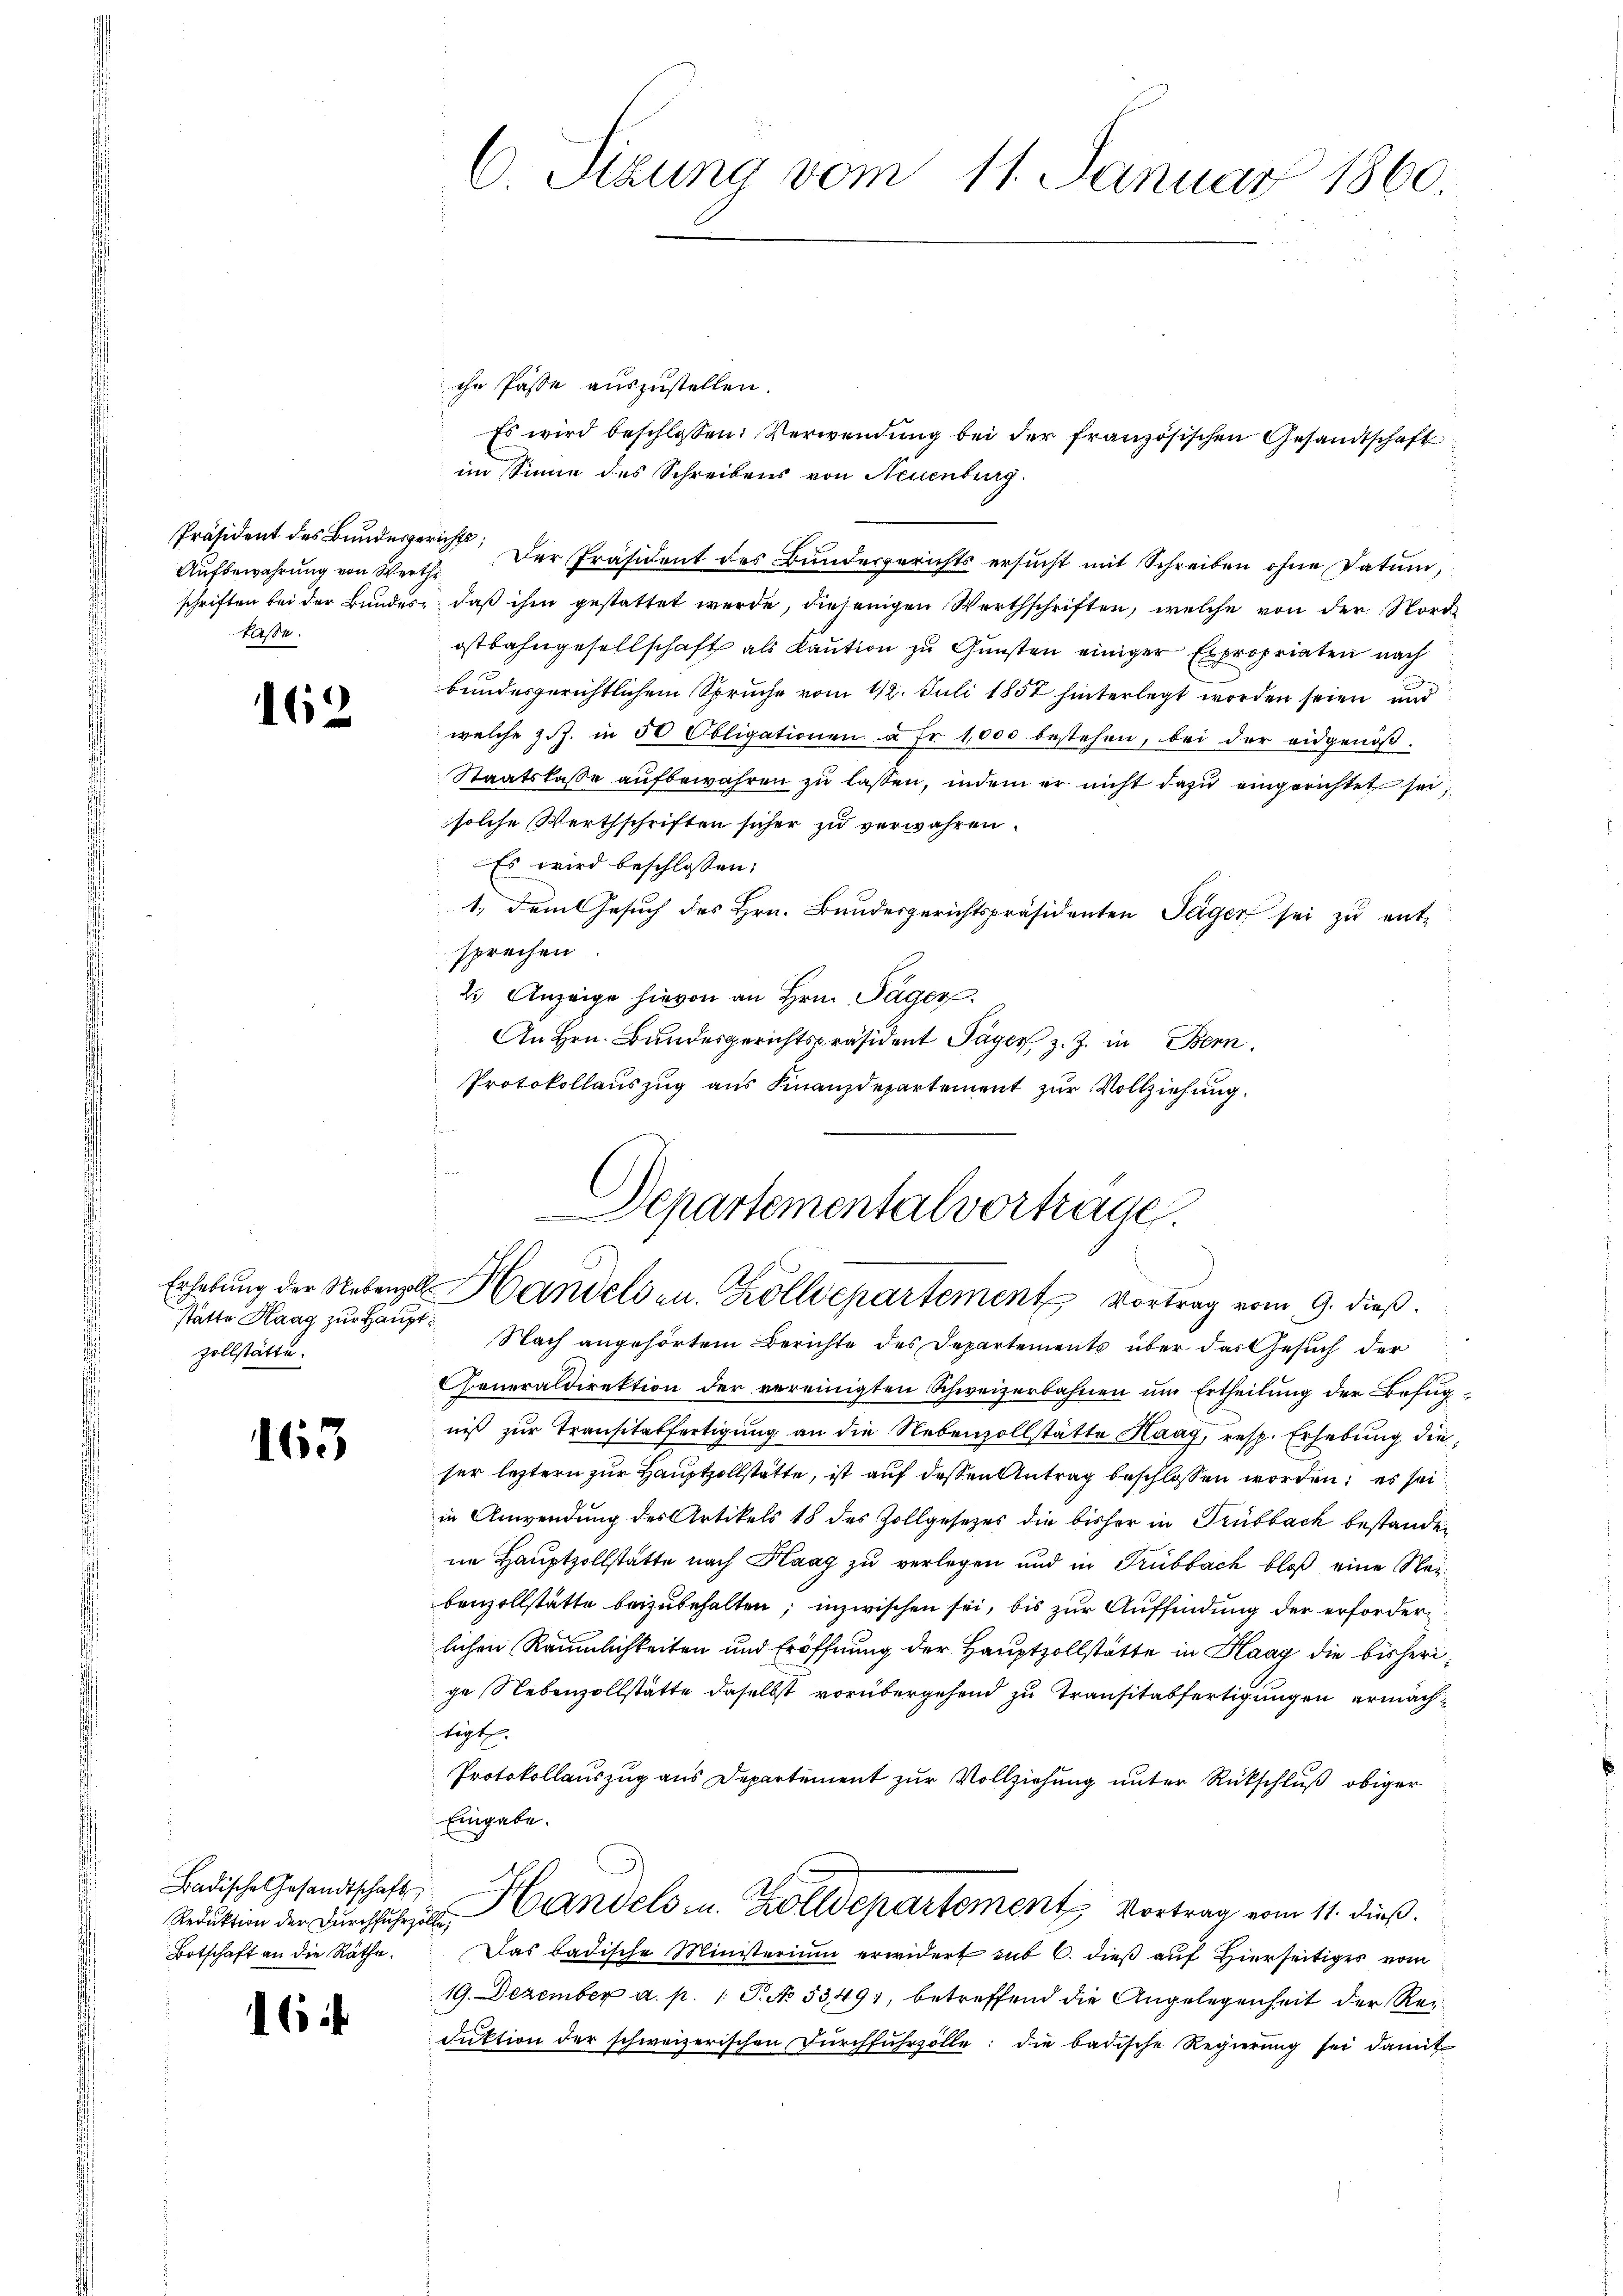
Aufbewahrung von Werthe
taße.

162

stätte Haag zur Hauptzollstätte.

165

Badische Gesandtschaft
Botschaft an die Räthe.

16

6 Sizung vom 11. Januar 1860.

chr Pässe auszustellen.
Es wird beschlossen: Verwendung bei der französischen Gesandtschaft
im Sinne des Schreibens von Neuenburg.
Präsident des Bŭndesgericht. Der Präsident des Bŭndesgerichts ersŭcht mit Schreiben ohne Datum,
schriften bei der Bŭndes, daβ ihm gestattet werde, diejenigen Werthschriften, welche von der Nordostbahngesellschaft als Kaution zu Gunsten einiger Expropriaten nach
bundesgerichtlichem Spruche vom 12. Juli 1857 hinterlegt worden seien und
welche 2 J. in 50 Obligationen à Fr. 1,000 bestehen, bei der eidgenöß-
Staatskasse aufbewahren zu lassen, indem er nicht dazu eingerichtet sei,
solche Werthschriften sicher zu verwahren.
Es wird beschlossen:
1. dem Gesuch des Hrn. Bundesgerichtspräsidenten Tagen sei zu ent-
sprechen.
2. Anzeige hievon an Hrn. Täger
An Hrn. Bundesgerichtspräsident Täger z. Z. in Bern.
Protokollaŭszŭg aŭs Finanzdepartement zŭr Vollziehŭng.
¬

Departementalvortragen.
Erhebung der Nebenzell Handelsen. Zolldepartement Vortrag vom 9. dieß.

Nach angehörtem Berichte des Departements über das Gesuch der
Generaldirektion der vereinigten Schweizerbahnen um Ertheilung der Befugniß zur Transtatfertigung an die Nebenzollstätte Haag, resp. Erhebung die
ser leztern zur Hauptzollstätte, ist auf dessen Antrag beschlossen worden; es sei
in Anwendung des Artikels 18 des Zollgesetzes die bisher in Trubbach bestanden
ne Hauptzollstätte nach Haag zu verlegen und in Trübbach bloß eine Neibenzollstätte beizubehalten; inzwischen sei, bis zur Auffindung der erfordern
lichen Räumlichkeiten und Eröffnung der Hauptzollstätte in Haag die bisherige Nebenzollstätte daselbst vorübergehend zu Transitabfertigungen ermächtigt.
Protokollauszug aus Departement zur Vollziehung unter Rückschluß obiger
Eingabe.
Reduktion der Dŭrchfuhr andels in Zolldepartement Vortrag vom 11. dieß.
Das badische Ministerium erwidert sub 6. dieß auf Hierseitiges vom
19. Dezember a. p. 1. P. No 5349), betreffend die Angelegenheit der Reidŭktion der schweizerischen Dŭrchfuhrzolle: die badische Regierŭng sei damit